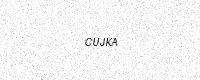
Text: CUJKA